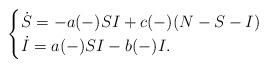
LaTeX: \begin{align*} \begin{cases} \dot S = -a(-)SI +c(-)(N-S-I)\\ \dot I = a(-)SI - b(-)I.\end{cases}\end{align*}